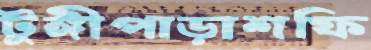
টুঙ্গীপাড়াশফি